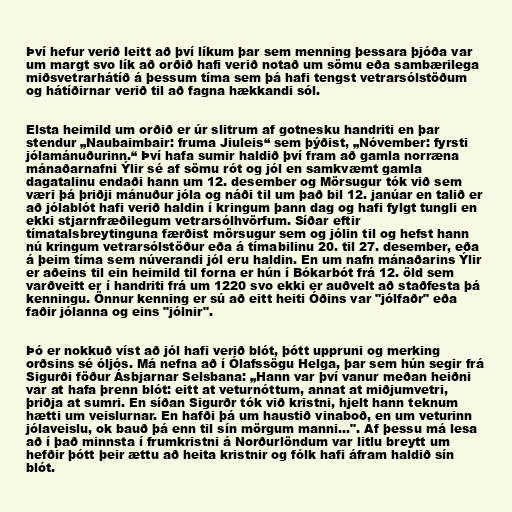
Því hefur verið leitt að því líkum þar sem menning þessara þjóða var
um margt svo lík að orðið hafi verið notað um sömu eða sambærilega
miðsvetrarhátíð á þessum tíma sem þá hafi tengst vetrarsólstöðum
og hátíðirnar verið til að fagna hækkandi sól.

Elsta heimild um orðið er úr slitrum af gotnesku handriti en þar
stendur „Naubaimbair: fruma Jiuleis“ sem þýðist, „Nóvember: fyrsti
jólamánuðurinn.“ Því hafa sumir haldið því fram að gamla norræna
mánaðarnafni Ýlir sé af sömu rót og jól en samkvæmt gamla
dagatalinu endaði hann um 12. desember og Mörsugur tók við sem
væri þá þriðji mánuður jóla og náði til um það bil 12. janúar en talið er
að jólablót hafi verið haldin í kringum þann dag og hafi fylgt tungli en
ekki stjarnfræðilegum vetrarsólhvörfum. Síðar eftir
tímatalsbreytinguna færðist mörsugur sem og jólin til og hefst hann
nú kringum vetrarsólstöður eða á tímabilinu 20. til 27. desember, eða
á þeim tíma sem núverandi jól eru haldin. En um nafn mánaðarins Ýlir
er aðeins til ein heimild til forna er hún í Bókarbót frá 12. öld sem
varðveitt er í handriti frá um 1220 svo ekki er auðvelt að staðfesta þá
kenningu. Önnur kenning er sú að eitt heiti Óðins var "jólfaðr" eða
faðir jólanna og eins "jólnir".

Þó er nokkuð víst að jól hafi verið blót, þótt uppruni og merking
orðsins sé óljós. Má nefna að í Ólafssögu Helga, þar sem hún segir frá
Sigurði föður Ásbjarnar Selsbana: „Hann var því vanur meðan heiðni
var at hafa þrenn blót: eitt at veturnóttum, annat at miðjumvetri,
þriðja at sumri. En síðan Sigurðr tók við kristni, hjelt hann teknum
hætti um veislurnar. En hafði þá um haustið vinaboð, en um veturinn
jólaveislu, ok bauð þá enn til sín mörgum manni...". Af þessu má lesa
að í það minnsta í frumkristni á Norðurlöndum var litlu breytt um
hefðir þótt þeir ættu að heita kristnir og fólk hafi áfram haldið sín
blót.